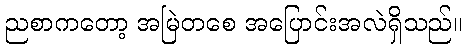
ညစာကတော့ အမြဲတစေ အပြောင်းအလဲရှိသည်။